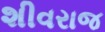
શીવરાજ